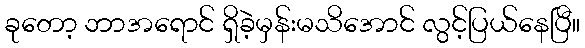
ခုတော့ ဘာအရောင် ရှိခဲ့မှန်းမသိအောင် လွင့်ပြယ်နေပြီ။